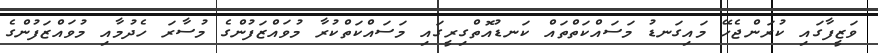
ވަޒީފާގައި ކުރަންޖެހޭ މައިގަނޑު މަސައްކަތްތައް ކަނޑުއޮތްގިރީގައި މަސައްކަތްކުރާ މުވައްޒަފުންގެ މުސާރަ ހެދުމާއި މުވައްޒަފުންގެ